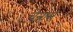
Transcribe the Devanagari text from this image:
चेन्नास